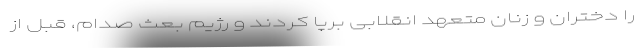
را دختران و زنان متعهد انقلابی برپا کردند و رژیم بعث صدام، قبل از